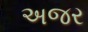
અજર